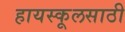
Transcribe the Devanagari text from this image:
हायस्कूलसाठी